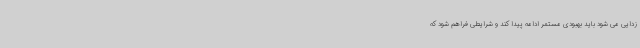
زدایی می شود باید بهبودی مستمر ادامه پیدا کند و شرایطی فراهم شود که